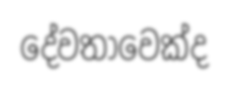
දේවතාවෙක්ද